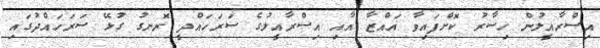
އިސްރާއީލުން ހިސާރު ކޮށްފައިވާ ޣައްޒާ އާއި އިސްރާއީލުގެ ސަރަހައްދީ ރޮނގު ގުޅޭ ސަރަހައްދުގައި